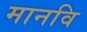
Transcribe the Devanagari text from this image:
मानवि